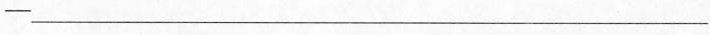
-_____